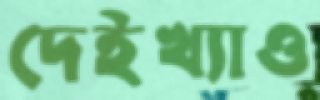
দেইখ্যাও